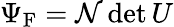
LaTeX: \Psi_{\mathrm{{F}}}={\mathcal{N}}\det U